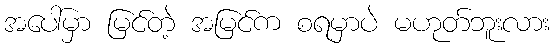
အပေါ်မှာ မြင်တဲ့ အမြင်က စရမှာပဲ မဟုတ်ဘူးလား